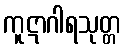
ကူဋာဂါရသုတ္တ